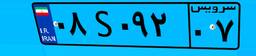
۷۳S۴۹۷۸۷